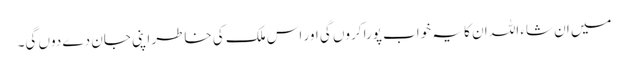
میں ان شاء اللہ ان کا یہ خواب پورا کروں گی اور اس ملک کی خاطر اپنی جان دے دوں گی۔